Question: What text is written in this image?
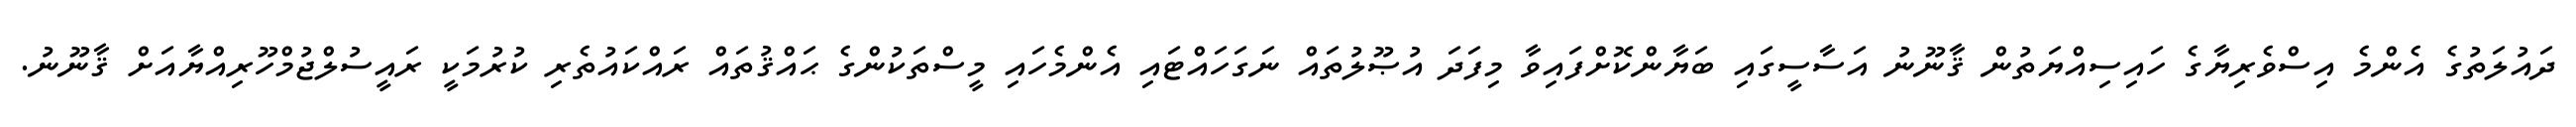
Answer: ދައުލަތުގެ އެންމެ އިސްވެރިޔާގެ ހައިސިއްޔަތުން ޤާނޫނު އަސާސީގައި ބަޔާންކޮށްފައިވާ މިފަދަ އުޞޫލުތައް ނަގަހައްޓައި އެންމެހައި މީސްތަކުންގެ ޙައްޤުތައް ރައްކައުތެރި ކުރުމަކީ ރައީސުލްޖުމްހޫރިއްޔާއަށް ޤާނޫނު.